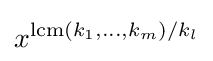
x^{\operatorname {lcm} (k_{1},\ldots ,k_{m})/k_{l}}